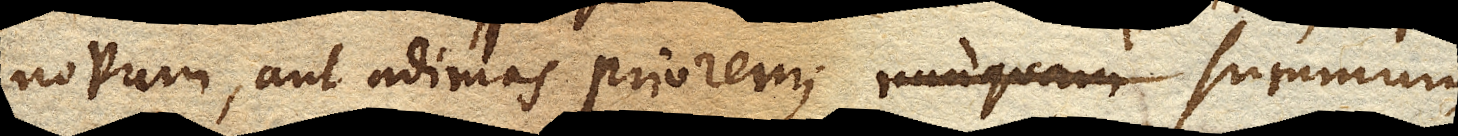
novum, aut adimas priorem; summum